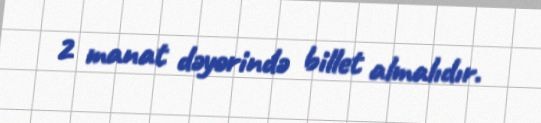
2 manat dəyərində billet almalıdır.